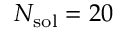
N _ { \mathrm { s o l } } = 2 0